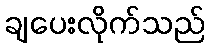
ချပေးလိုက်သည်